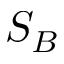
S _ { B }